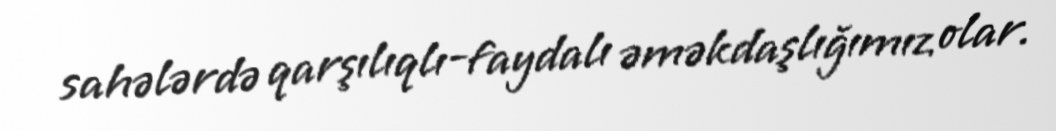
sahələrdə qarşılıqlı-faydalı əməkdaşlığımız olar.